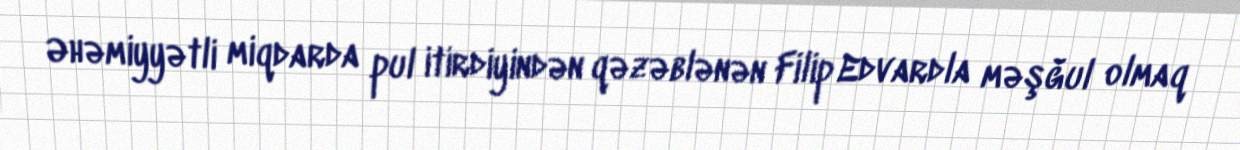
Əhəmiyyətli miqdarda pul itirdiyindən qəzəblənən Filip Edvardla məşğul olmaq